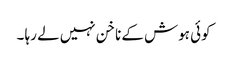
کوئی ہوش کے ناخن نہیں لے رہا ۔